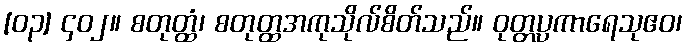
[၀၃] ၄၀၂။ စတုတ္ထံ၊ စတုတ္ထအကုသိုလ်စိတ်သည်။ ဝုတ္တပ္ပကာရေသုဧဝ၊